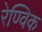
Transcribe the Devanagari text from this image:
रेण्विक